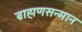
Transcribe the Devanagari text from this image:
ब्राह्मणसन्मान